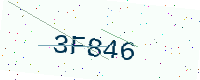
Text: 3F846